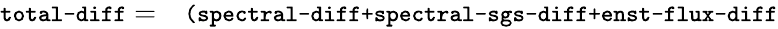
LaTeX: \begin{array}{rl}{\texttt{\small total-diff}=}&{{}\texttt{\small(spectral-diff+spectral-sgs-diff+enst-flux-diff}}\end{array}